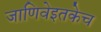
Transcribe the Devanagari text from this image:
जाणिवेइतकेच